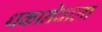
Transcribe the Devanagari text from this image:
थकानेवाला